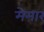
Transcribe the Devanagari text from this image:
मेमार